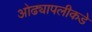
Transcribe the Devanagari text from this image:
ओढ्यापलीकडे